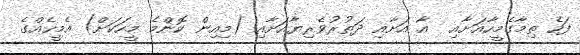
ފަހެ ތިމާގެމީހާއަށާއި  އާ އަށާއި ދަތުރުވެރިޔާއަށާއި (މިއިން ކޮންމެ މީހަކަށް) އެމީހެއްގެ